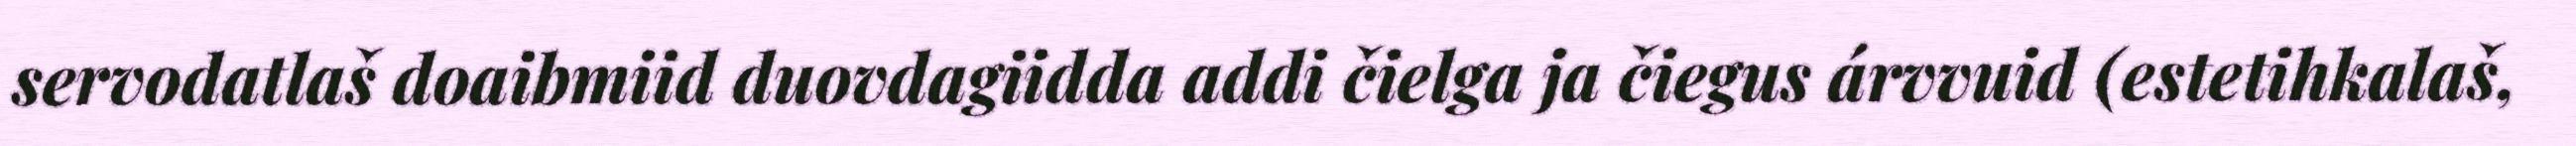
servodatlaš doaibmiid duovdagiidda addi čielga ja čiegus árvvuid (estetihkalaš,